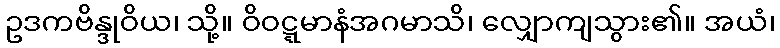
ဥဒကဗိန္ဒုဝိယ၊ သို့။ ဝိဝဋ္ဋမာနံအဂမာသိ၊ လျှောကျသွား၏။ အယံ၊